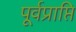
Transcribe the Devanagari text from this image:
पूर्वप्राप्ति